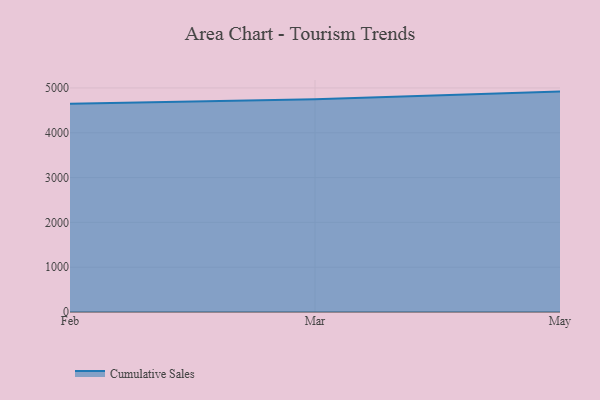
{"axis": {"x": "Month", "y": "Churn Rate (%)"}, "legend": ["Cumulative Sales"], "data": [{"x": "Feb", "y": 4649.1, "type": "Cumulative Sales"}, {"x": "Mar", "y": 4745.5, "type": "Cumulative Sales"}, {"x": "May", "y": 4918.5, "type": "Cumulative Sales"}]}